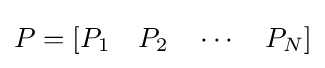
P=[P_{1}\quad P_{2}\quad \cdots \quad P_{N}]